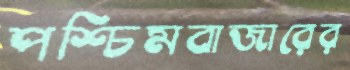
পশ্চিমবাজারের